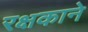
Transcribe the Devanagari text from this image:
रक्षकाने